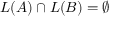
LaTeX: L ( A ) \cap L ( B ) = \emptyset